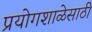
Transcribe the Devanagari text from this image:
प्रयोगशाळेसाठी